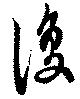
復